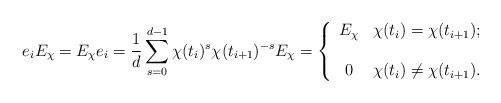
LaTeX: \begin{align*}e_i E_\chi = E_\chi e_i= \frac{1}{d} \sum_{s=0}^{d-1} \chi(t_i)^s \chi(t_{i+1})^{-s} E_\chi = \left\{ \begin{array}{cl}E_\chi & \chi(t_i) = \chi(t_{i+1}) ; \\ & \\0 & \chi(t_i) \neq \chi(t_{i+1}).\end{array}\right.\end{align*}